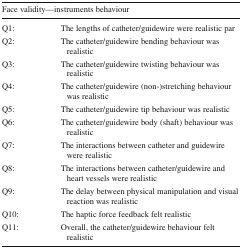
| <COLSPAN=2> Face validity—instruments behaviour |
 | --- | --- |
 | Q1: | The lengths of catheter/guidewire were realistic par |
 | Q2: | The catheter/guidewire bending behaviour was realistic |
 | Q3: | The catheter/guidewire twisting behaviour was realistic |
 | Q4: | The catheter/guidewire (non-)stretching behaviour was realistic |
 | Q5: | The catheter/guidewire tip behaviour was realistic |
 | Q6: | The catheter/guidewire body (shaft) behaviour was realistic |
 | Q7: | The interactions between catheter and guidewire were realistic |
 | Q8: | The interactions between catheter/guidewire and heart vessels were realistic |
 | Q9: | The delay between physical manipulation and visual reaction was realistic |
 | Q10: | The haptic force feedback felt realistic |
 | Q11: | Overall, the catheter/guidewire behaviour felt realistic |